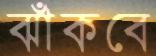
ঝাঁকবে